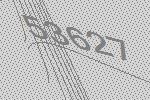
53627